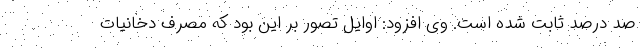
صد درصد ثابت شده است. وی افزود: اوایل تصور بر این بود که مصرف دخانیات